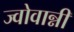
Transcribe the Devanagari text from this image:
ज्वोवान्नी